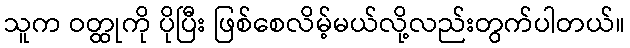
သူက ဝတ္ထုကို ပိုပြီး ဖြစ်စေလိမ့်မယ်လို့လည်းတွက်ပါတယ်။